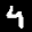
Label: 4